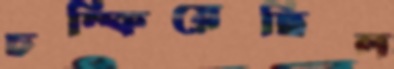
চম্‌কিয়েছিল